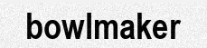
bowlmaker